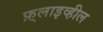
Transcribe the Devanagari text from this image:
फ़्लाइव्हील